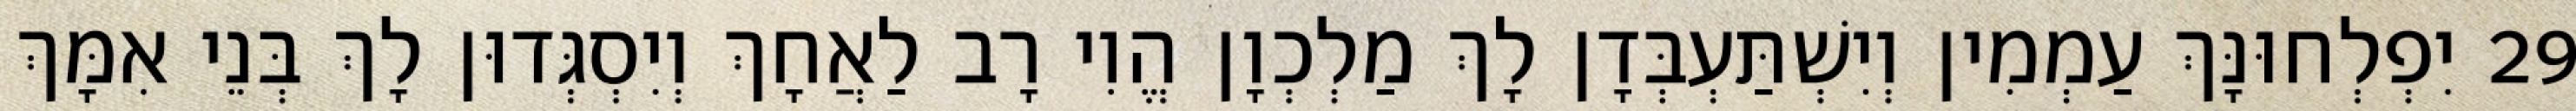
29 יִפְלְחוּנָּךְ עַמְמִין וְיִשְׁתַּעְבְּדָן לָךְ מַלְכְוָן הֱוִי רָב לַאֲחָךְ וְיִסְגְּדוּן לָךְ בְּנֵי אִמָּךְ